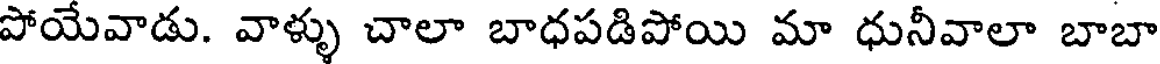
పోయేవాడు. వాళ్ళు చాలా బాధపడిపోయి మా ధునీవాలా బాబా